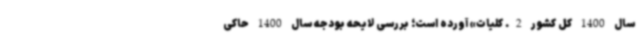
سال 1400 کل کشور 2. کلیات» آورده است؛ بررسی لایحه بودجه سال 1400 حاکی